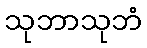
သုဘာသုဘံ